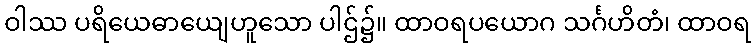
ဝါဿ ပရိယေဓာယျေဟူသော ပါဌ်၌။ ထာဝရပယောဂ သင်္ဂဟိတံ၊ ထာဝရ